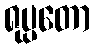
ရုပ္ပတော